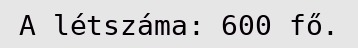
A létszáma: 600 fő.